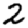
Digit: 2